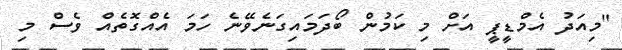
"މިއަދު އެމްޑީޕީ އަށް މި ކަމުން ބޯދަމައިގަނެވޭނެ ހަމަ އެއްގޮތެއް ވެސް މި